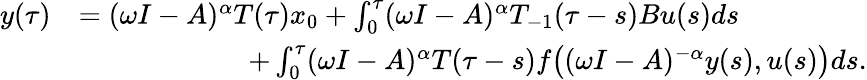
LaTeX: \begin{array}{rl}{y(\tau)}&{=(\omega I-A)^{\alpha}T(\tau)x_{0}+\int_{0}^{\tau}(\omega I-A)^{\alpha}T_{-1}(\tau-s)Bu(s)ds}\\ &{\qquad\qquad\qquad+\int_{0}^{\tau}(\omega I-A)^{\alpha}T(\tau-s)f\big((\omega I-A)^{-\alpha}y(s),u(s)\big)ds.}\end{array}